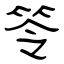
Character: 笭